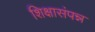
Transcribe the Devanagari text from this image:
शिक्षासंपन्न